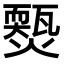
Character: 𤐱